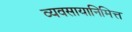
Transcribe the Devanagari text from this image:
व्यवसायानिमित्त